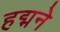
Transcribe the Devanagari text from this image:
हद्मने